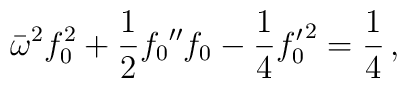
\bar\omega^{2}f_0^2 + \frac{1}{2}f_0{''}f_0 - \frac{1}{4}{f_0'}^2 = \frac{1}{4}\,,